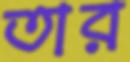
তার